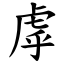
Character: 虖